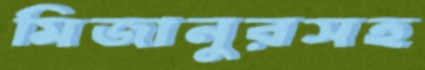
মিজানুরসহ